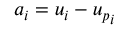
a _ { i } = u _ { i } - { u _ { p } } _ { i }